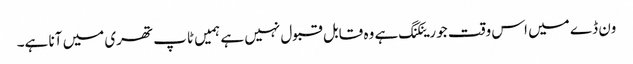
ون ڈے میں اس وقت جو رینکنگ ہے وہ قابل قبول نہیں ہے ہمیں ٹاپ تھری میں آنا ہے۔